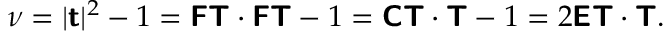
\begin{array} { r } { \nu = | \boldsymbol { \mathsf { t } } | ^ { 2 } - 1 = \boldsymbol { \mathsf { F } } \boldsymbol { \mathsf { T } } \cdot \boldsymbol { \mathsf { F } } \boldsymbol { \mathsf { T } } - 1 = \boldsymbol { \mathsf { C } } \boldsymbol { \mathsf { T } } \cdot \boldsymbol { \mathsf { T } } - 1 = 2 \boldsymbol { \mathsf { E } } \boldsymbol { \mathsf { T } } \cdot \boldsymbol { \mathsf { T } } . } \end{array}